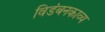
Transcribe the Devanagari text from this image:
विडंबनकाव्य